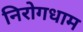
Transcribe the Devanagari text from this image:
निरोगधाम